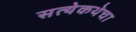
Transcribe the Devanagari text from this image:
सत्येकथेचा